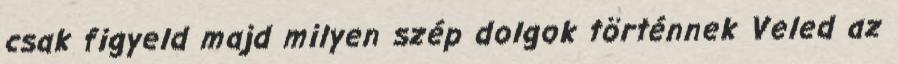
csak figyeld majd milyen szép dolgok történnek Veled az